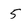
Character: 5